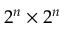
2 ^ { n } \times 2 ^ { n }